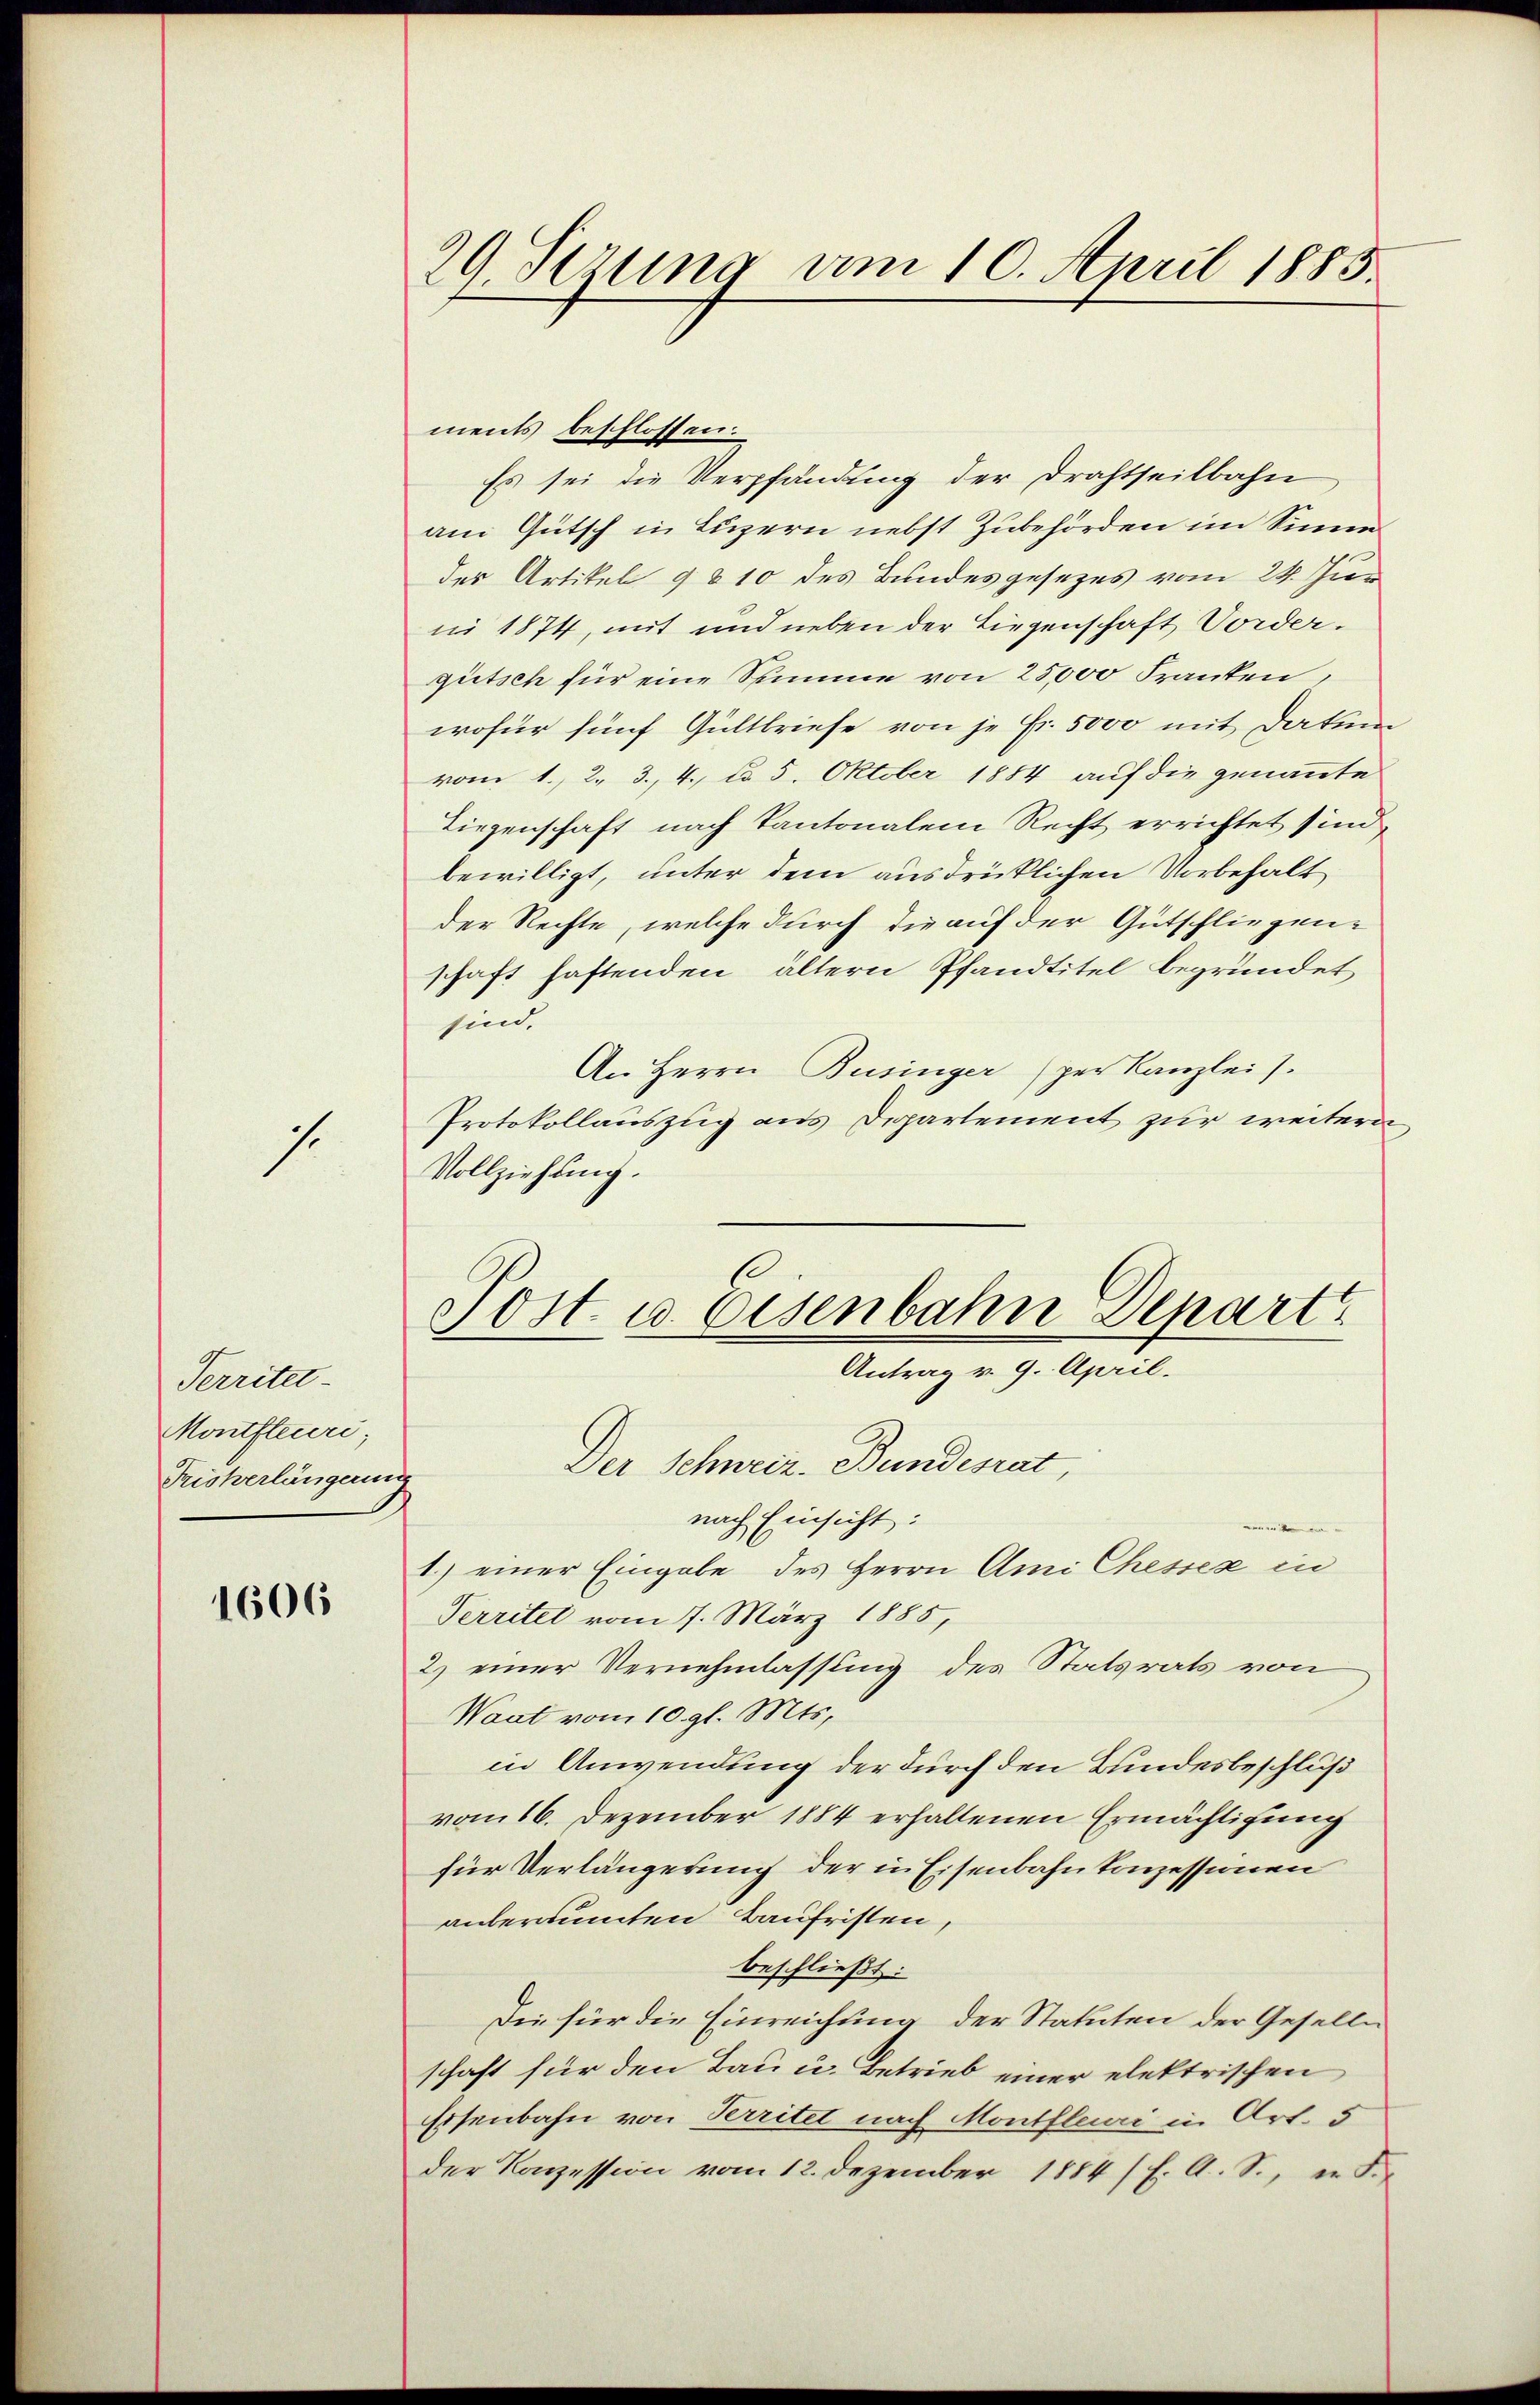
s.

Territet.
Montfteuri;
Fristerlängerun

1606

29. Setzung vom 10. April 1885

ments beschlossen:
Es sei die Verpfändung der Drahtseitbahn
am Gütsch in Luzern nebst Zubehörden im Sinne
der Artikel § 210 des Bundesgesezes vom 24. Juii 1874, mit und neben der Liegenschaft Vordergütsch für eine Summe von 25000 Franken,
wofür fünf Gültbriefe von je Fr. 5000 mit Datum
vom 1. 2. 3., 4. ddo 5. Oktober 1884 auf die genannte
Liegenschaft nach Kantonalen Recht errichtet sind,
bewilligt, unter dem ausdrücklichen Vorbehalt
der Rechte, welche durch die auf der Gutschliegen-
schaft haftenden ältern Pfandtitel begründet
sind.
An Herrn Businger per Kanzlei s.
Protokollauszug aus Departement zur weitern
Vollziehung.
Post u. Eisenbahn Depart
Antrag v. 9. April.
Der Schweiz. Bundesrat,
h
nach Einsicht:
eme der in den i
1.) einer Eingabe des Herrn Ami Chesses in
Territel vom 7. März 1885,
2) einer Vernehmlassung des Statsrats von
Want vom 10. gl. Mts.
in Anwendung der durch den Bundesbeschluß
vom 16. Dezember 1884 erhaltenen Ermächtigung
für Verlängerung der in Eisenbahnkonzessionen
anberaumten Baufristen,
beschließt:
Die für die Einreichung der Statuten der Gesellen
schaft für den Bau u. Betrieb einer elektrischen
Eisenbahn von Perritet nach Montfleuri in Art. 5
der Konzession vom 12. Dezember 1884 (s. A. S., er S.